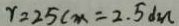
r = 2 5 c m = 2 . 5 d m